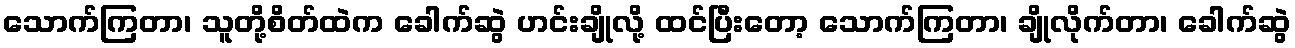
သောက်ကြတာ၊ သူတို့စိတ်ထဲက ခေါက်ဆွဲ ဟင်းချိုလို့ ထင်ပြီးတော့ သောက်ကြတာ၊ ချိုလိုက်တာ၊ ခေါက်ဆွဲ